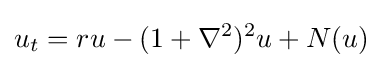
\displaystyle u_{t}=ru-(1+\nabla ^{2})^{2}u+N(u)